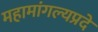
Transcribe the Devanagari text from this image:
महामांगल्यप्रदे